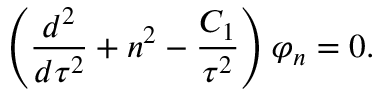
\left( { \frac { d ^ { 2 } } { d \tau ^ { 2 } } } + n ^ { 2 } - { \frac { C _ { 1 } } { \tau ^ { 2 } } } \right) \varphi _ { n } = 0 .